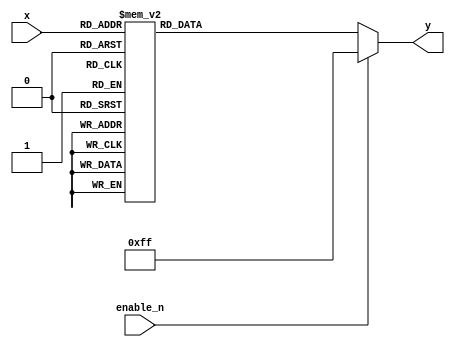
module decoder_3_to_8_active_low (
    input [2:0] x,  // 3-bit input
    input enable_n,  // active low enable signal
    output reg [7:0] y  // 8-bit output
);

always @(*) begin
    if (enable_n)
        y = 8'b11111111;  // All outputs are high when enable is active low
    else
        case (x)
            3'b000: y = 8'b11111110;
            3'b001: y = 8'b11111101;
            3'b010: y = 8'b11111011;
            3'b011: y = 8'b11110111;
            3'b100: y = 8'b11101111;
            3'b101: y = 8'b11011111;
            3'b110: y = 8'b10111111;
            3'b111: y = 8'b01111111;
            default: y = 8'b11111111;
        endcase
end

endmodule